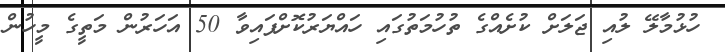
ހުޅުމާލޭ ލުއި ޖަލަށް ކުށެއްގެ ތުހުމަތުގައި ހައްޔަރުކޮށްފައިވާ 50 އަހަރުން މަތީގެ މީހުން